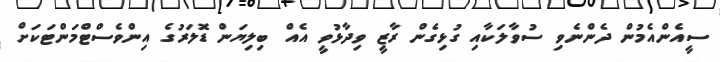
ސީއެންއެމުން ދެންނެވި ސުވާލަކާއި ގުޅިގެން ރާޒީ ވިދާޅުވީ އެއް ބިލިޔަން ޑޮލަރުގެ އިންވެސްޓްމަންޓަކަށް